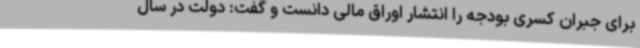
برای جبران کسری بودجه را انتشار اوراق مالی دانست و گفت: دولت در سال